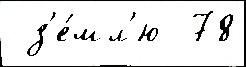
 з'е́мл'ю  78